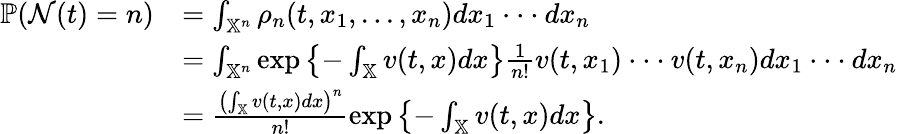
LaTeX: \begin{array}{rl}{\mathbb{P}(\mathcal{N}(t)=n)}&{=\int_{\mathbb{X}^{n}}\rho_{n}(t,x_{1},...,x_{n})dx_{1}\cdot\cdot\cdot dx_{n}}\\ &{=\int_{\mathbb{X}^{n}}\exp\left\{ -\int_{\mathbb{X}}v(t,x)dx\right\} \frac{1}{n!}v(t,x_{1})\cdot\cdot\cdot v(t,x_{n})dx_{1}\cdot\cdot\cdot dx_{n}}\\ &{=\frac{\left(\int_{\mathbb{X}}v(t,x)dx\right)^{n}}{n!}\exp\left\{ -\int_{\mathbb{X}}v(t,x)dx\right\} .}\end{array}